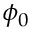
\phi _ { 0 }